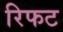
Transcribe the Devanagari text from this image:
रिफट